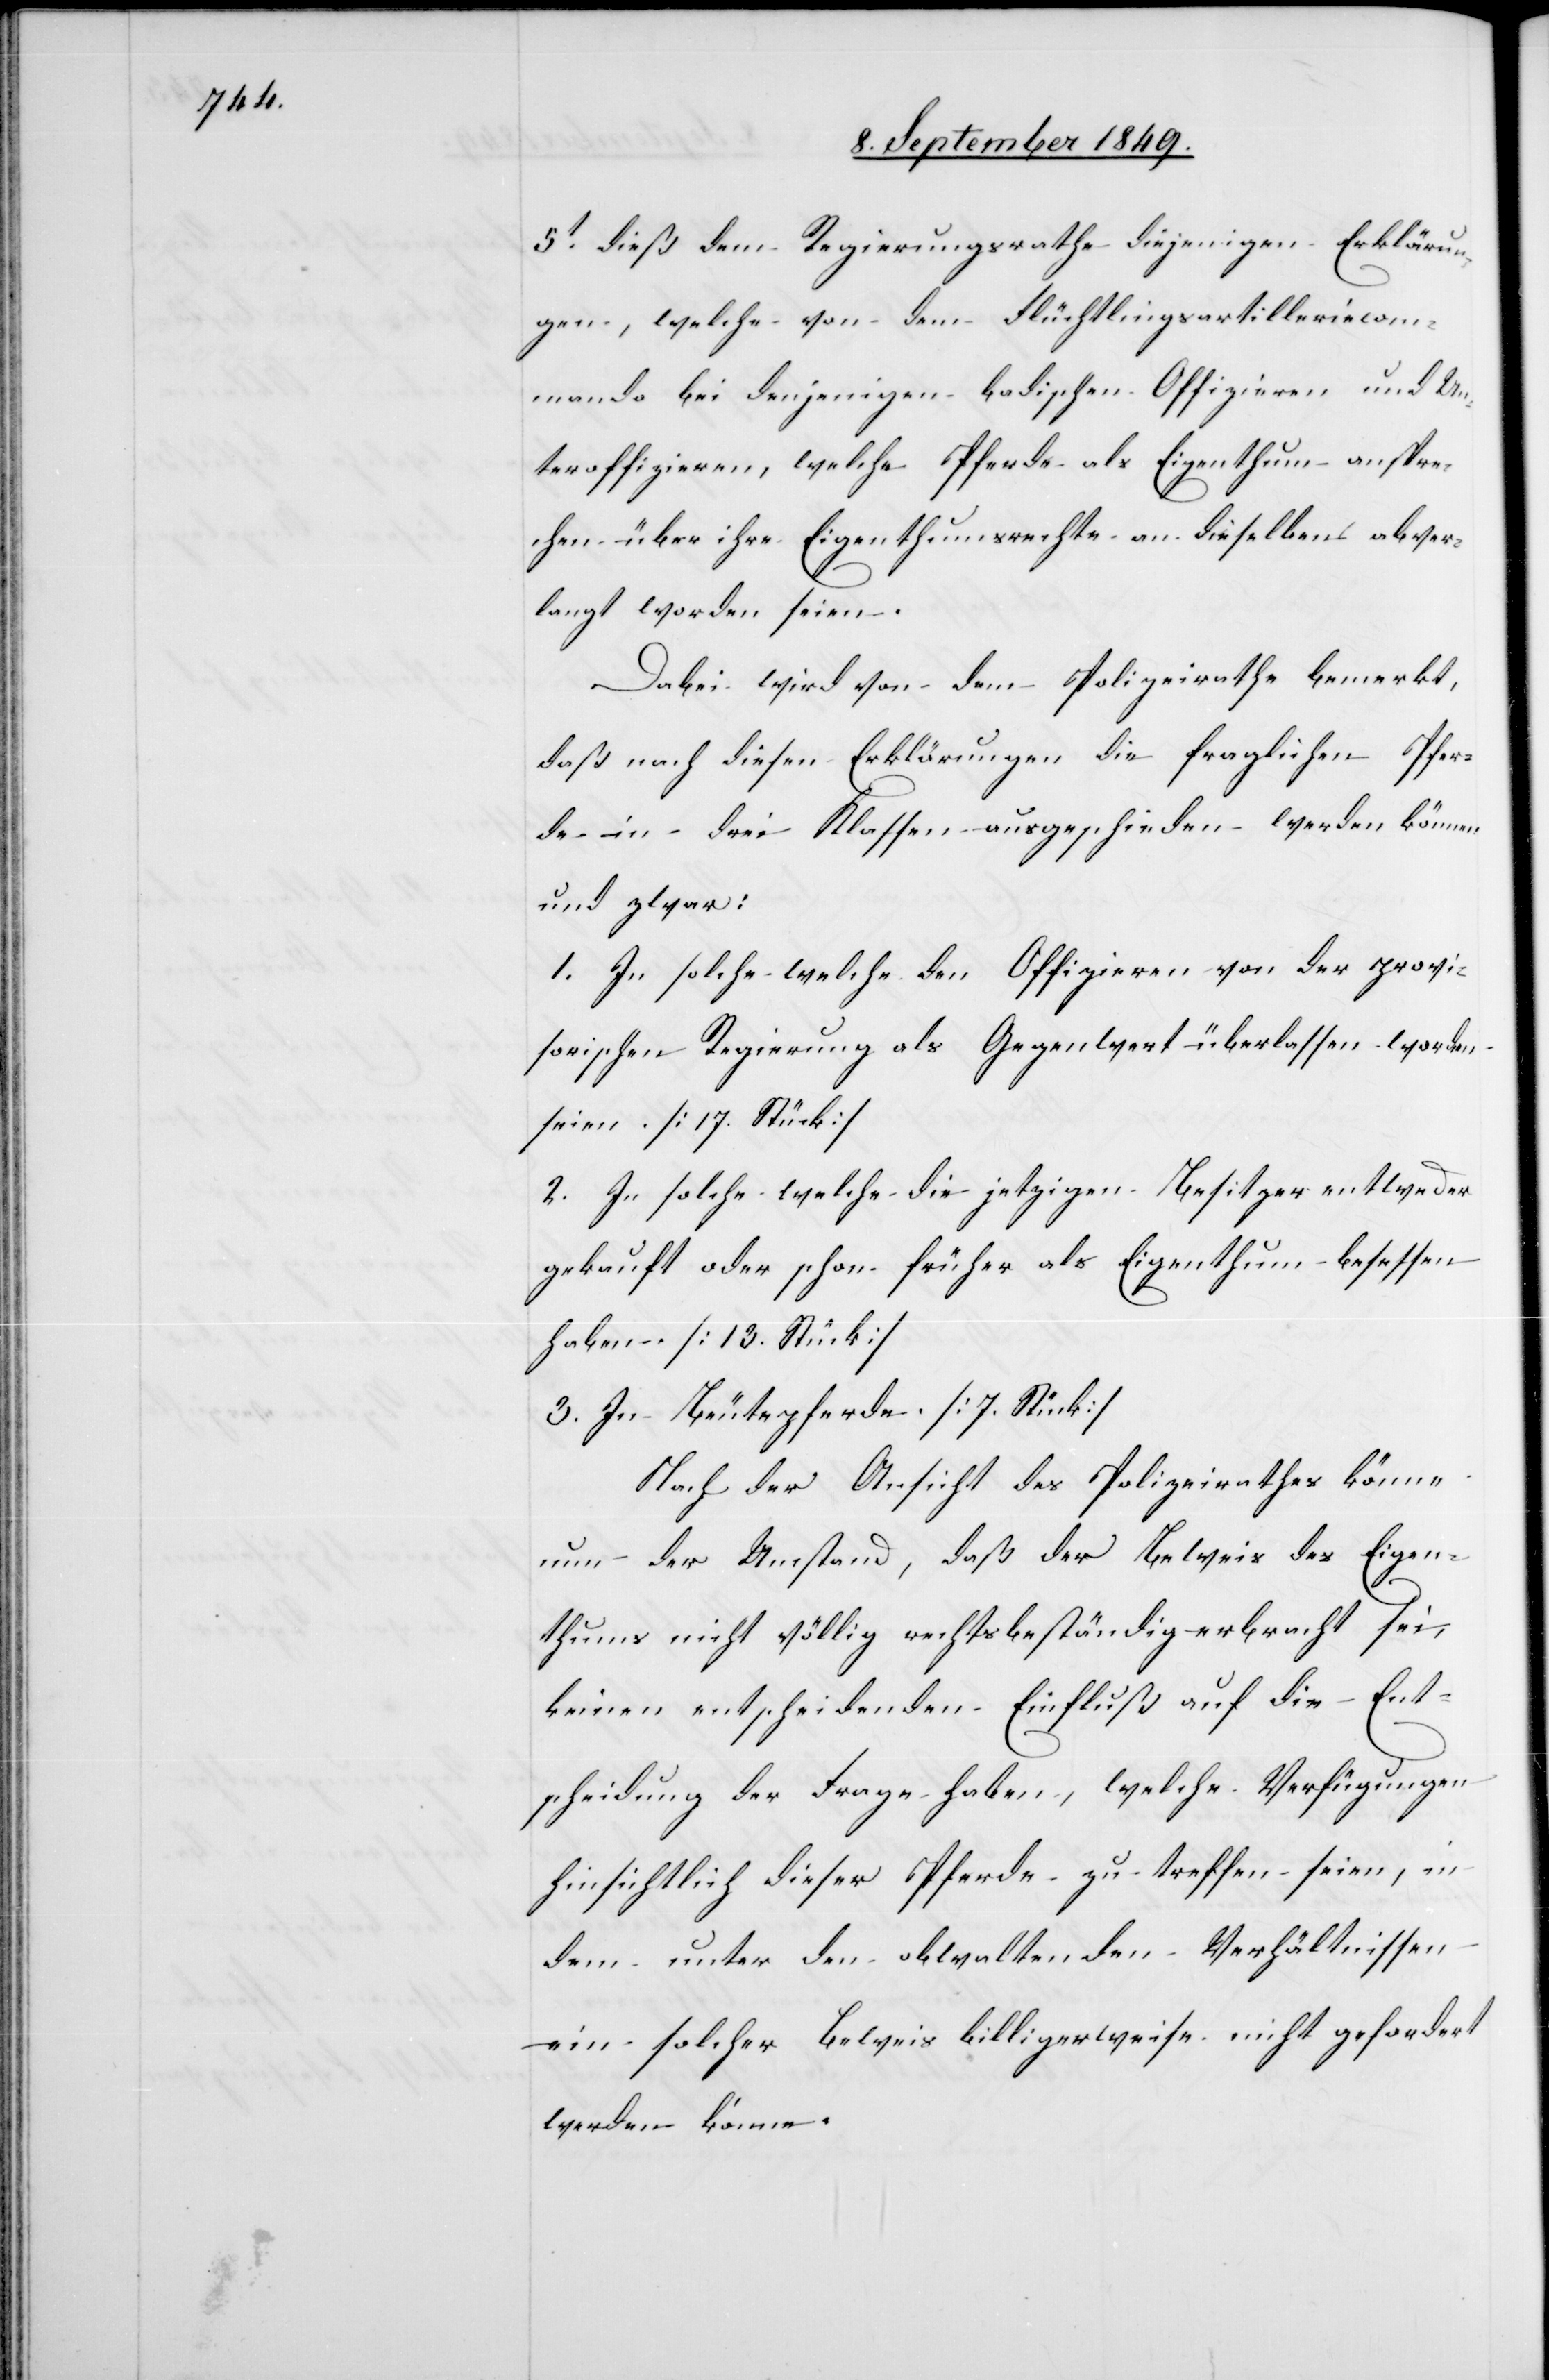
5t dieß dem Regierungsrathe diejenigen Erklärun¬
gen, welche von dem Flüchtlingsartilleriecom¬
mando bei denjenigen badischen Offizieren und Un¬
teroffizieren, welche Pferde als Eigenthum anspre¬
chen über ihre Eigenthumsrechte an dieselben abver¬
langt worden seien.
Dabei wird von dem Polizeirathe bemerkt,
daß nach diesen Erklärungen die fraglichen Pfer¬
de in drei Klassen ausgeschieden werden können
und zwar:
1. In solche welche den Offizieren von der provi¬
sorischen Regierung als Gegenwert überlassen worden
seien. [17. Stück]
2. In solche welche die jetzigen Besitzer entweder
gekauft oder schon früher als Eigenthum besessen
haben. [13. Stück]
3. In Beutepferde [7. Stück]
Nach der Ansicht des Polizeirathes könne
nun der Umstand, daß der Beweis des Eigen¬
thums nicht völlig rechtsbeständig erbracht sei,
keinen entscheidenden Einfluß auf die Ent¬
scheidung der Frage haben, welche Verfügungen
hinsichtlich dieser Pferde zu treffen seien, in
dem unter den obwaltenden Verhältnissen
ein solcher Beweis billigerweise nicht gefordert
werden könne.